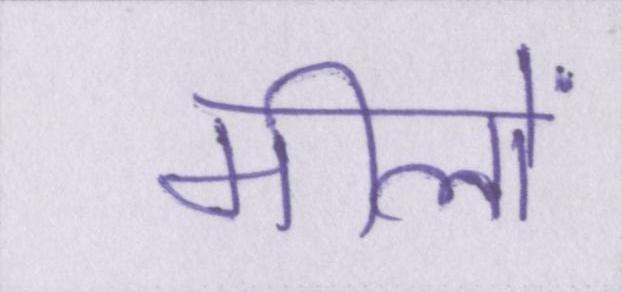
मीलों